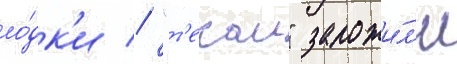
ло́дк'и // "т'екаи" заложи́л'и